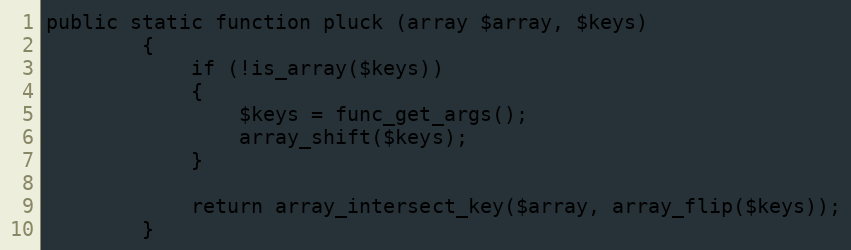
Language: PHP
public static function pluck (array $array, $keys)
		{
			if (!is_array($keys))
			{
				$keys = func_get_args();
				array_shift($keys);
			}

			return array_intersect_key($array, array_flip($keys));
		}